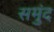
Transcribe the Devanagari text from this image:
समुंद